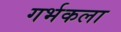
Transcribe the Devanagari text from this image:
गर्भकला